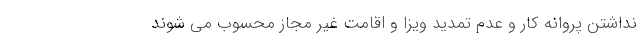
نداشتن پروانه کار و عدم تمدید ویزا و اقامت غیر مجاز محسوب می شوند